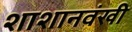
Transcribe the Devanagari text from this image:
शाशानवंखी